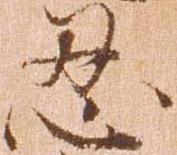
忍